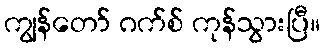
ကျွန်တော် ဂက်စ် ကုန်သွားပြီ။